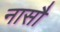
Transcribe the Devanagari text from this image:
नासौ